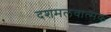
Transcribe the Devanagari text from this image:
दशमलवात्मक